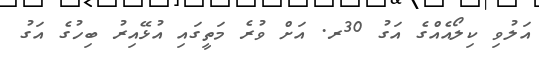
އަލުވި ކިލޯއެއްގެ އަގު 30ރ. އަށް ވުރެ މަތީގައި އުޅޭއިރު ބިހުގެ އަގު